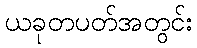
ယခုတပတ်အတွင်း